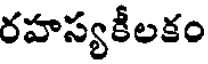
రహస్యకీలకం